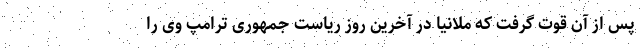
پس از آن قوت گرفت که ملانیا در آخرین روز ریاست جمهوری ترامپ وی را